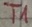
Text: T1